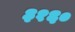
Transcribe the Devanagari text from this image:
३१६०